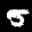
Label: 5